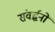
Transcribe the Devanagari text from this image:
संवर्द्धनों